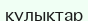
қулықтар